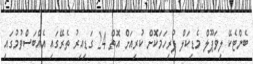
ބެންޓެކޭ ލިވަޕޫލް މެޑިކަލް ފުރިހަމަކޮށް ކުރިއަށް އޮތް 24 ގަޑިއިރު ތެރޭގައި އެއްބަސްވުމުގައި